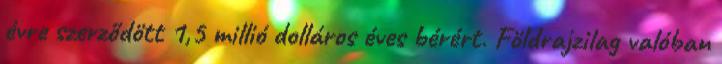
évre szerződött 1,5 millió dolláros éves bérért. Földrajzilag valóban